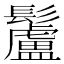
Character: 䰕